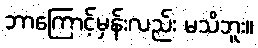
ဘာကြောင့်မှန်းလည်း မသိဘူး။